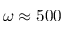
\omega \approx 5 0 0